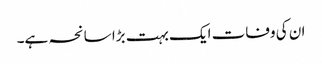
ان کی وفات ایک بہت بڑا سانحہ ہے۔